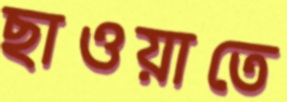
ছাওয়াতে